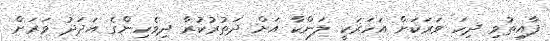
ފާއިތުވި ދިހަ ވަރަކަށް އަހަރަކީ ލަންކާ އަށް ދަތުރުކުރާ ދިވެހިންގެ އަދަދު ވަަރަށް